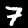
Digit: 7